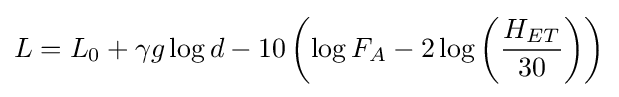
L=L_{0}+\gamma g\log d-10\left(\log {F_{A}}-2\log \left({\frac {H_{ET}}{30}}\right)\right)